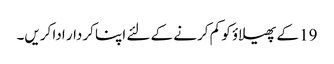
19 کے پھیلاؤ کو کم کرنے کے لئے اپنا کردار ادا کریں۔